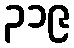
၃၁၉